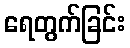
ရေတွက်ခြင်း